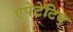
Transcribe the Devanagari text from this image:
एपेटेटिव्